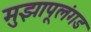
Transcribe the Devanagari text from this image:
मुझापूलंगड